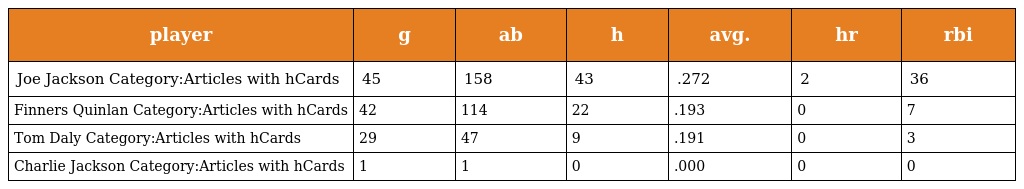
| player | g | ab | h | avg. | hr | rbi |
 | --- | --- | --- | --- | --- | --- | --- |
 | Joe Jackson Category:Articles with hCards | 45 | 158 | 43 | .272 | 2 | 36 |
 | Finners Quinlan Category:Articles with hCards | 42 | 114 | 22 | .193 | 0 | 7 |
 | Tom Daly Category:Articles with hCards | 29 | 47 | 9 | .191 | 0 | 3 |
 | Charlie Jackson Category:Articles with hCards | 1 | 1 | 0 | .000 | 0 | 0 |